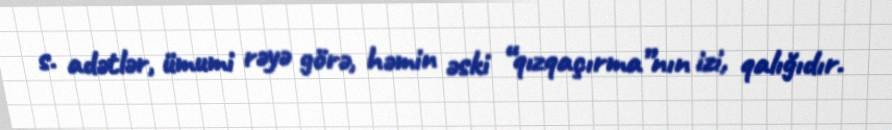
s. adətlər, ümumi rəyə görə, həmin əski “qızqaçırma”nın izi, qalığıdır.